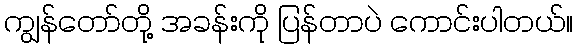
ကျွန်တော်တို့ အခန်းကို ပြန်တာပဲ ကောင်းပါတယ်။